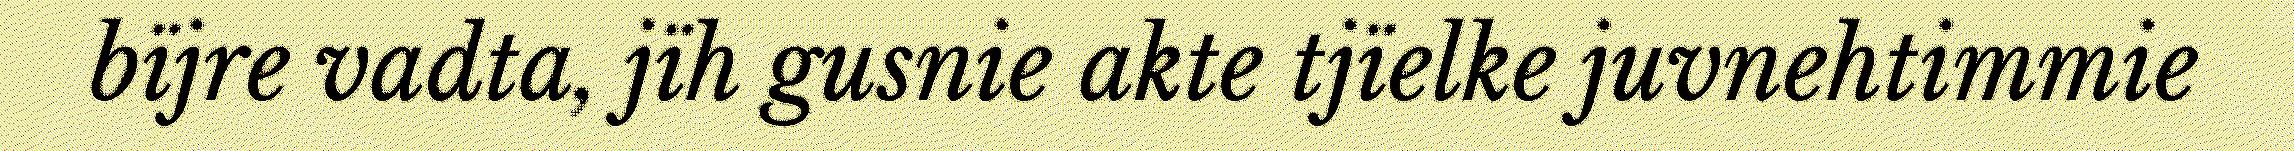
bïjre vadta, jïh gusnie akte tjïelke juvnehtimmie